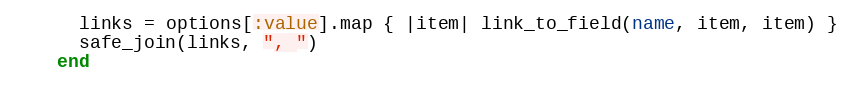
Language: Ruby
      links = options[:value].map { |item| link_to_field(name, item, item) }
      safe_join(links, ", ")
    end